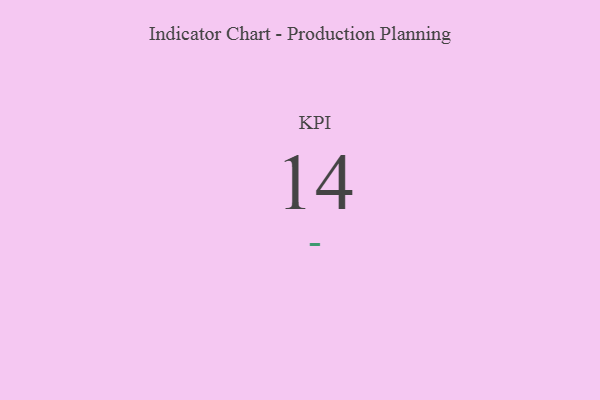
{"axis": {"x": "KPI", "y": "Value"}, "legend": [""], "data": [{"x": "KPI", "y": 14, "type": ""}]}